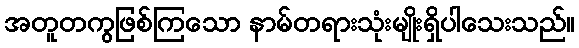
အတူတကွဖြစ်ကြသော နာမ်တရားသုံးမျိုးရှိပါသေးသည်။